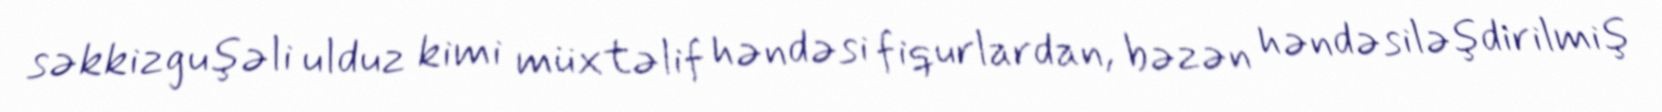
səkkizguşəli ulduz kimi müxtəlif həndəsi fiqurlardan, bəzən həndəsiləşdirilmiş